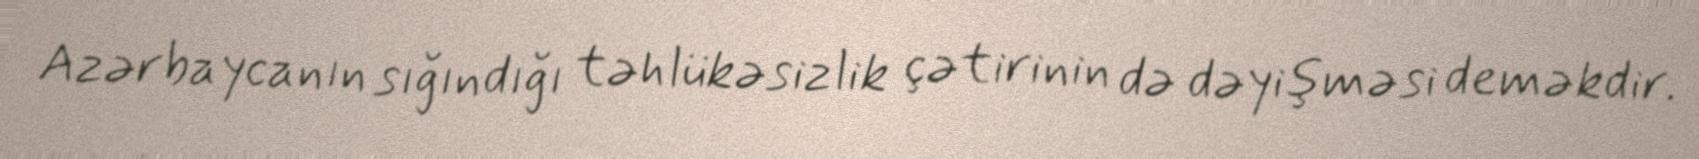
Azərbaycanın sığındığı təhlükəsizlik çətirinin də dəyişməsi deməkdir.